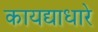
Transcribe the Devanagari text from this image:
कायद्याधारे